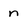
Character: n